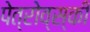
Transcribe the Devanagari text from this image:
पेत्रोव्स्की